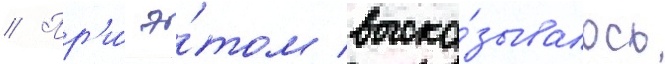
// Пр'и́ э́том выска́зывалось